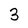
Character: 3